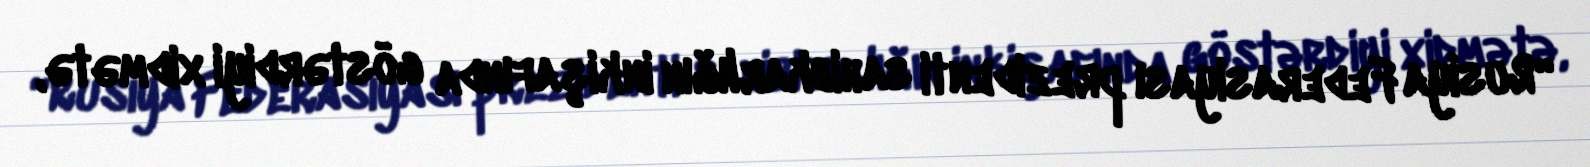
“Rusiya Federasiyası prezidenti sahibkarlığın inkişafında göstərdiyi xidmətə,